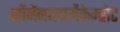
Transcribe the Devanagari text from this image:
सोंनेंनब्लामेंकेम्ब्रोट